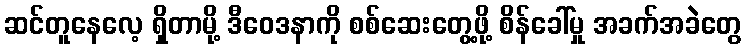
ဆင်တူနေလေ့ ရှိတာမို့ ဒီဝေဒနာကို စစ်ဆေးတွေ့ဖို့ စိန်ခေါ်မှု အခက်အခဲတွေ